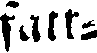
fart-